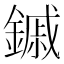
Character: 鏚